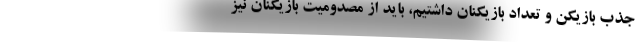
جذب بازیکن و تعداد بازیکنان داشتیم، باید از مصدومیت بازیکنان نیز